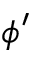
\phi ^ { \prime }